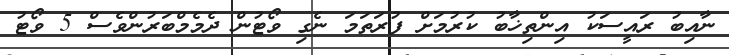
ނާއިބު ރައީސަކު އިންތިޚާބު ކުރުމަށް ފުރަތަމަ ނެގި ވޯޓުން ދެމެމްބަރުންވެސް 5 ވޯޓު